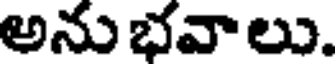
అనుభవాలు.